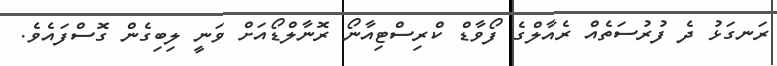
ރަނގަޅު ދެ ފުރުސަތެއް ރެއާލްގެ ފޯވާޑް ކްރިސްޓިއާނޯ ރޮނާލްޑޯއަށް ވަނީ ލިބިގެން ގޮސްފައެވެ.